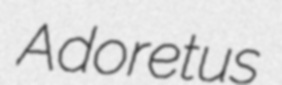
Adoretus